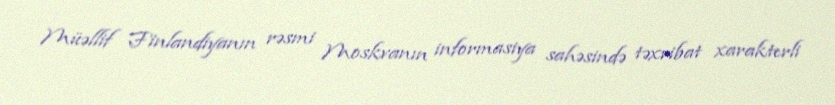
Müəllif Finlandiyanın rəsmi Moskvanın informasiya sahəsində təxribat xarakterli